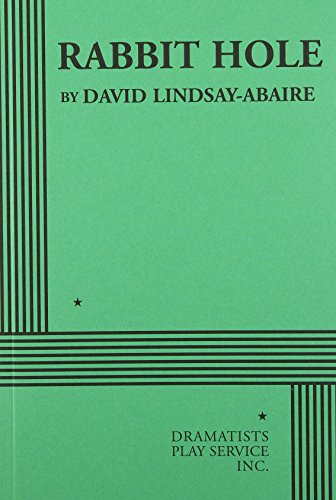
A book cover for Rabbit Hole - Acting Edition; David Lindsay-Abaire; Literature & Fiction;